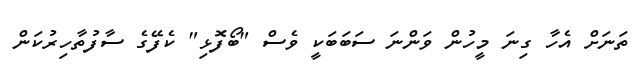
ތަނަށް އެހާ ގިނަ މީހުން ވަންނަ ސަބަބަކީ ވެސް "ބޯފޮޅި" ކެފޭގެ ސާފުތާހިރުކަން